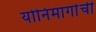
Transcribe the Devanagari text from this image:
योनिमार्गाची